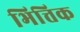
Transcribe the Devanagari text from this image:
भित्तिक